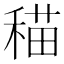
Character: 䅦